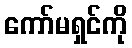
ကော်မရှင်ကို